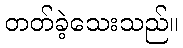
တတ်ခဲ့သေးသည်။